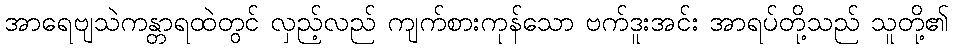
အာရေဗျသဲကန္တာရထဲတွင် လှည့်လည် ကျက်စားကုန်သော ဗက်ဒူးအင်း အာရပ်တို့သည် သူတို့၏